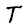
Character: T